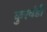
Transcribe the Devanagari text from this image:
कुरवंडी